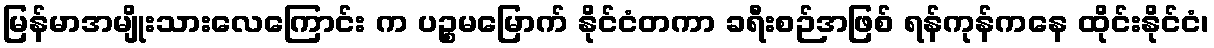
မြန်မာအမျိုးသားလေကြောင်း က ပဉ္စမမြောက် နိုင်ငံတကာ ခရီးစဉ်အဖြစ် ရန်ကုန်ကနေ ထိုင်းနိုင်ငံ၊